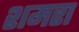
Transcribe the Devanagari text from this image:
शमरा